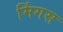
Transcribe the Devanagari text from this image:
मिंगस